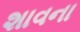
શાવના